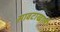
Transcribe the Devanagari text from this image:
सावटाखाली